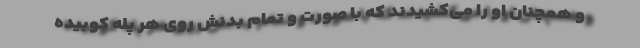
و همچنان او را می‌کشیدند که با صورت و تمام بدنش روی هر پله کوبیده